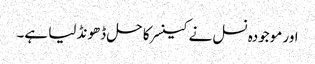
اور موجودہ نسل نے کینسر کا حل ڈھونڈ لیا ہے۔